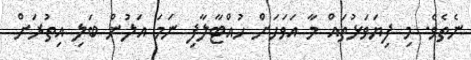
ނެތެވެ. މި ފިޔަވަޅުތައް މާ އަވަހަށް ހުއްޓާލާފި ނަމަ އަލުން ބަލި އިތުރަށް